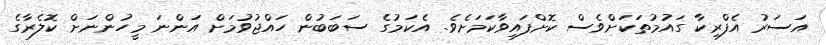
އަސަރު އެފްރިކާ ގައުމުތަކަށްވެސް ކޮށްފައިވާކަމަށެވެ. އެކަމުގެ ސަބަބުން ހައްޖުވުމަށް އަންނަ މީހުންނަށް ކޮލެރާގެ